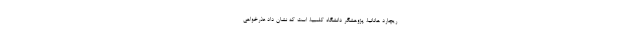
ریچارد هانانیا، پژوهشگر دانشگاه کلمبیا، است که نشان داد عذرخواهیِ